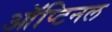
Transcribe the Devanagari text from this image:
ऑप्टिनल